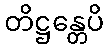
တိဋ္ဌန္တေပိ